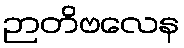
ဉာတိဗလေန